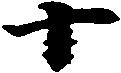
十